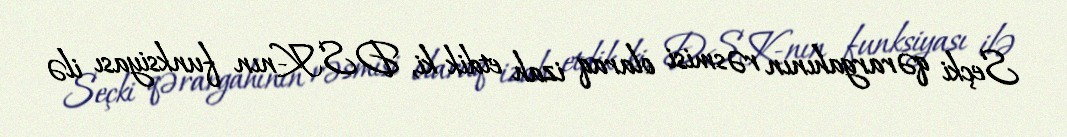
Seçki qərargahının rəsmisi olaraq izah etdik ki, DSK-nın funksiyası ilə